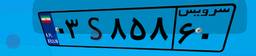
۰۳S۸۵۸۶۰